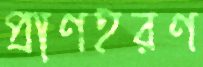
প্রাণহরণ